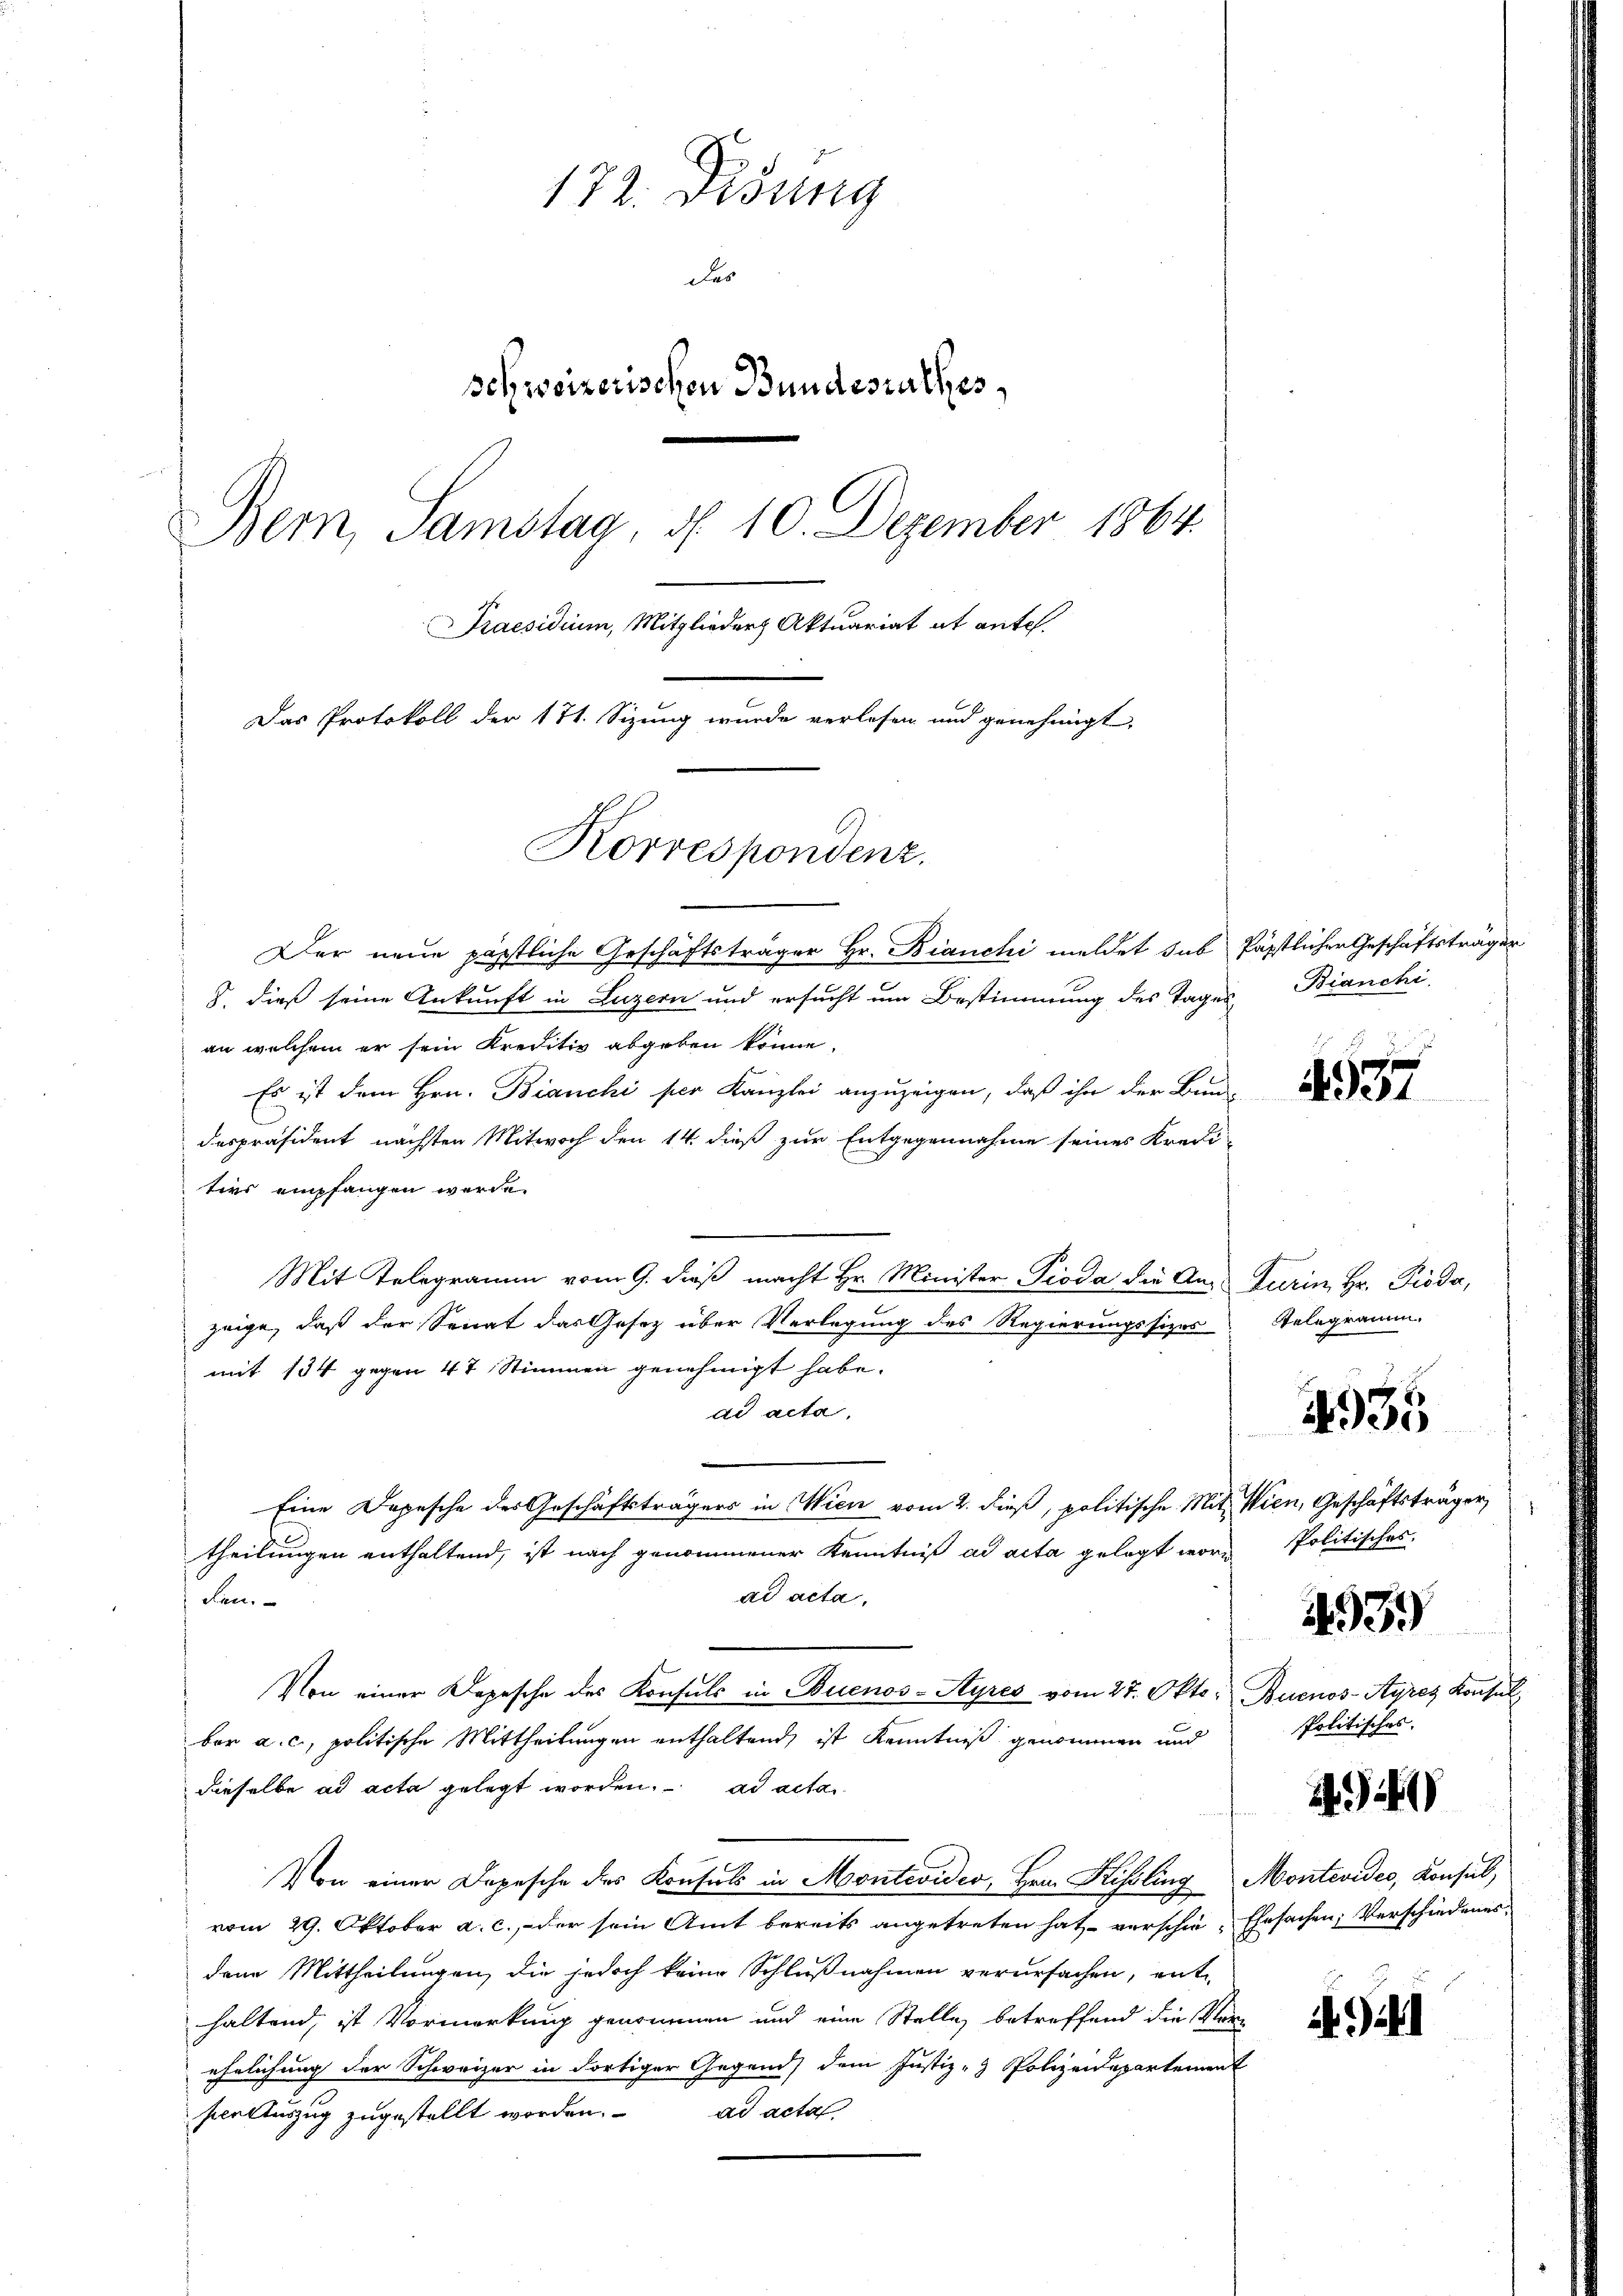
172. Didung
de
schweizerischen Bundesrathes,
Bern, Samstag d. 10. Dezember 1864.
Praesidium, Mitglieder Aktuariat et ante.
Das Protokoll der 171. Sizung wurde verlesen und genehmigt,
Korrespondenz.

Der neue päpstliche Geschäftsträger Hr. Bianchi meldet sub päpstlicher Geschäftsträger
8. dieß seine Ankunft in Luzern und ersucht um Bestimmung des Tages Bianchi
an welchem er sein Kreditiv abgeben könne.
Es ist dem Hrn. Bianchi per Kanzlei anzuzeigen, daß ihn der Bun-
despräsident nächsten Mitwoch den 14. dieß zur Entgegennahme seines Kredi-
ters empfangen werde.
Mit Telegramm vom 9. dieß macht Hr. Minister Pioda die An-Turin, Hr. Pioda,
zeige, daß der Senat das Gesetz über Verlegung des Regierungssizes
mit 134 gegen 47 Stimmen genehmigt habe.
ad acta,
Eine Depesche des Geschäftsträgers in Wien vom 2. dieß, politische Mit Wien, Geschäftsträger,
theilungen enthaltend, ist nach genommener Kenntniß ad acta gelegt worad acta,
Len.
Von einer Depesche des Konsuls in Buenos-Ayres vom 27. Okto Buenos-Ayres Konsul
ber a. c., politische Mittheilungen enthaltend, ist Kenntniß genommen und
dieselbe ad acta gelegt worden. ad acta
Von einer Depesche des Konsuls in Montevider, Hrn. Kissling Montevides, Konsul,
vom 29. Oktober a. c., der sein Amt bereits angetreten hat verschie-Ehrsachen Verschiedenes,
dene Mittheilungen, die jedoch keine Schlußnahmen verursachen, ent-
haltend, ist Vormerkung genommen und eine Stelle betreffend die Verehrlichung der Schweizer in dortiger Gegend dem Justiz- & Polizeidepartement
seelauszug zugestellt worden. ad acta

4957

Relegramm.

1935

Politisches.

Politisches.

493.

21)

)